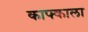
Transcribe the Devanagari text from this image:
काफ्काला